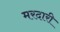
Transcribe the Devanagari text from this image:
मरदारी